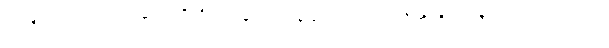
ဘာမျှ မလုပ်တတ်ပေမယ့် ကိုကို့ဘေးမှာ ရပ်နေခြင်းသည်ပင် ကိုကို့ကို ကူညီရာ ရောက်သည်ဟု